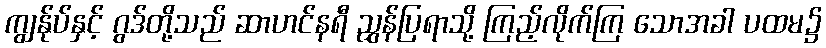
ကျွန်ုပ်နှင့် ဂွဒ်တို့သည် ဆာဟင်နရီ ညွှန်ပြရာသို့ ကြည့်လိုက်ကြ သောအခါ ပထမ၌